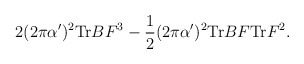
\begin{align*}2 (2 \pi \alpha')^2 {\rm Tr} BF^3-\frac{1}{2} (2 \pi \alpha')^2 {\rm Tr} BF {\rm Tr} F^2.\end{align*}